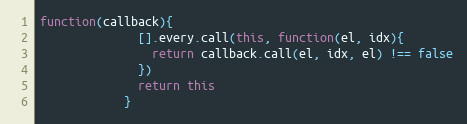
Language: JavaScript
function(callback){
              [].every.call(this, function(el, idx){
                return callback.call(el, idx, el) !== false
              })
              return this
            }